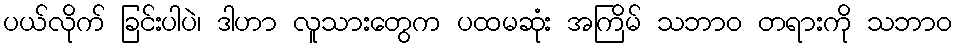
ပယ်လိုက် ခြင်းပါပဲ၊ ဒါဟာ လူသားတွေက ပထမဆုံး အကြိမ် သဘာဝ တရားကို သဘာဝ